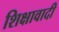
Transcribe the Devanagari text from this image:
शिक्षावादी